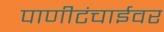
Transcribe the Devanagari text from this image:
पाणीटंचाईवर